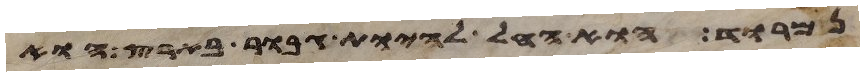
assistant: נמרוד הוא החל להיות גבור בארץ הוא